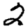
Digit: 2